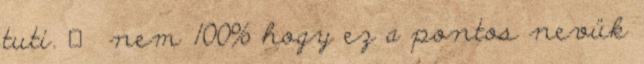
tuti. 🙂 nem 100% hogy ez a pontos nevük